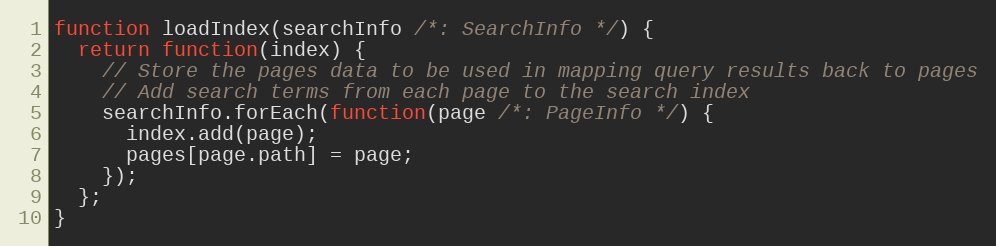
Language: JavaScript
function loadIndex(searchInfo /*: SearchInfo */) {
  return function(index) {
    // Store the pages data to be used in mapping query results back to pages
    // Add search terms from each page to the search index
    searchInfo.forEach(function(page /*: PageInfo */) {
      index.add(page);
      pages[page.path] = page;
    });
  };
}